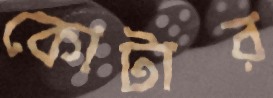
কোটার